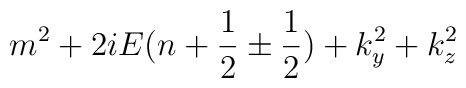
m^2 +2iE(n+{1\over 2}\pm {1 \over 2})+k_y^2+k_z^2